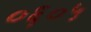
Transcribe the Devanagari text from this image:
०६०५